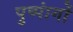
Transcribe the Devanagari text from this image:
पुष्पांगों